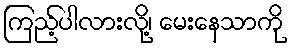
ကြည့်ပါလားလို့၊ မေးနေသာကို